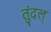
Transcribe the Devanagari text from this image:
तुंदल्